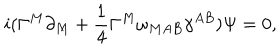
i ( \Gamma ^ { M } \partial _ { M } + { \frac { 1 } { 4 } } \Gamma ^ { M } \omega _ { M A B } \gamma ^ { A B } ) \Psi = 0 ,